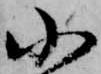
小